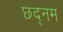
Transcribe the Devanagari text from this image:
छद्नम